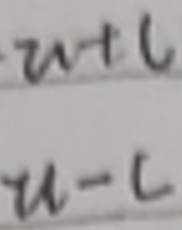
\[
\begin{matrix}
u + c \\
u - c
\end{matrix}
\]